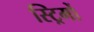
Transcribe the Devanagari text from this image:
स्ट्रिमों